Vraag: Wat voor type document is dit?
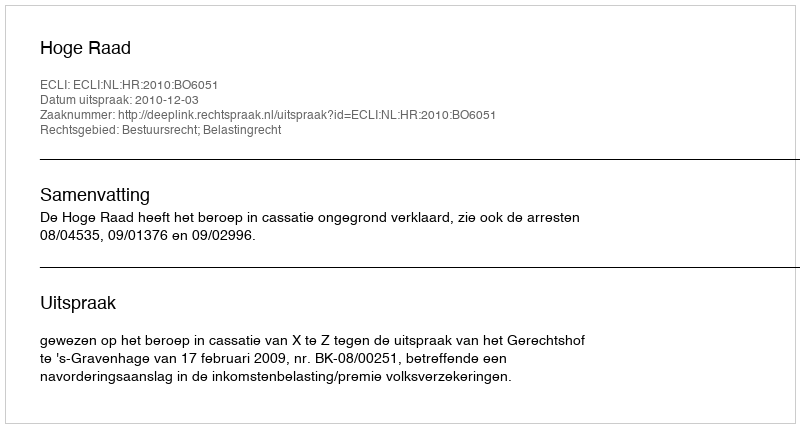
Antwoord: Uitspraak